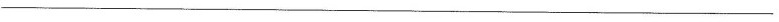
___